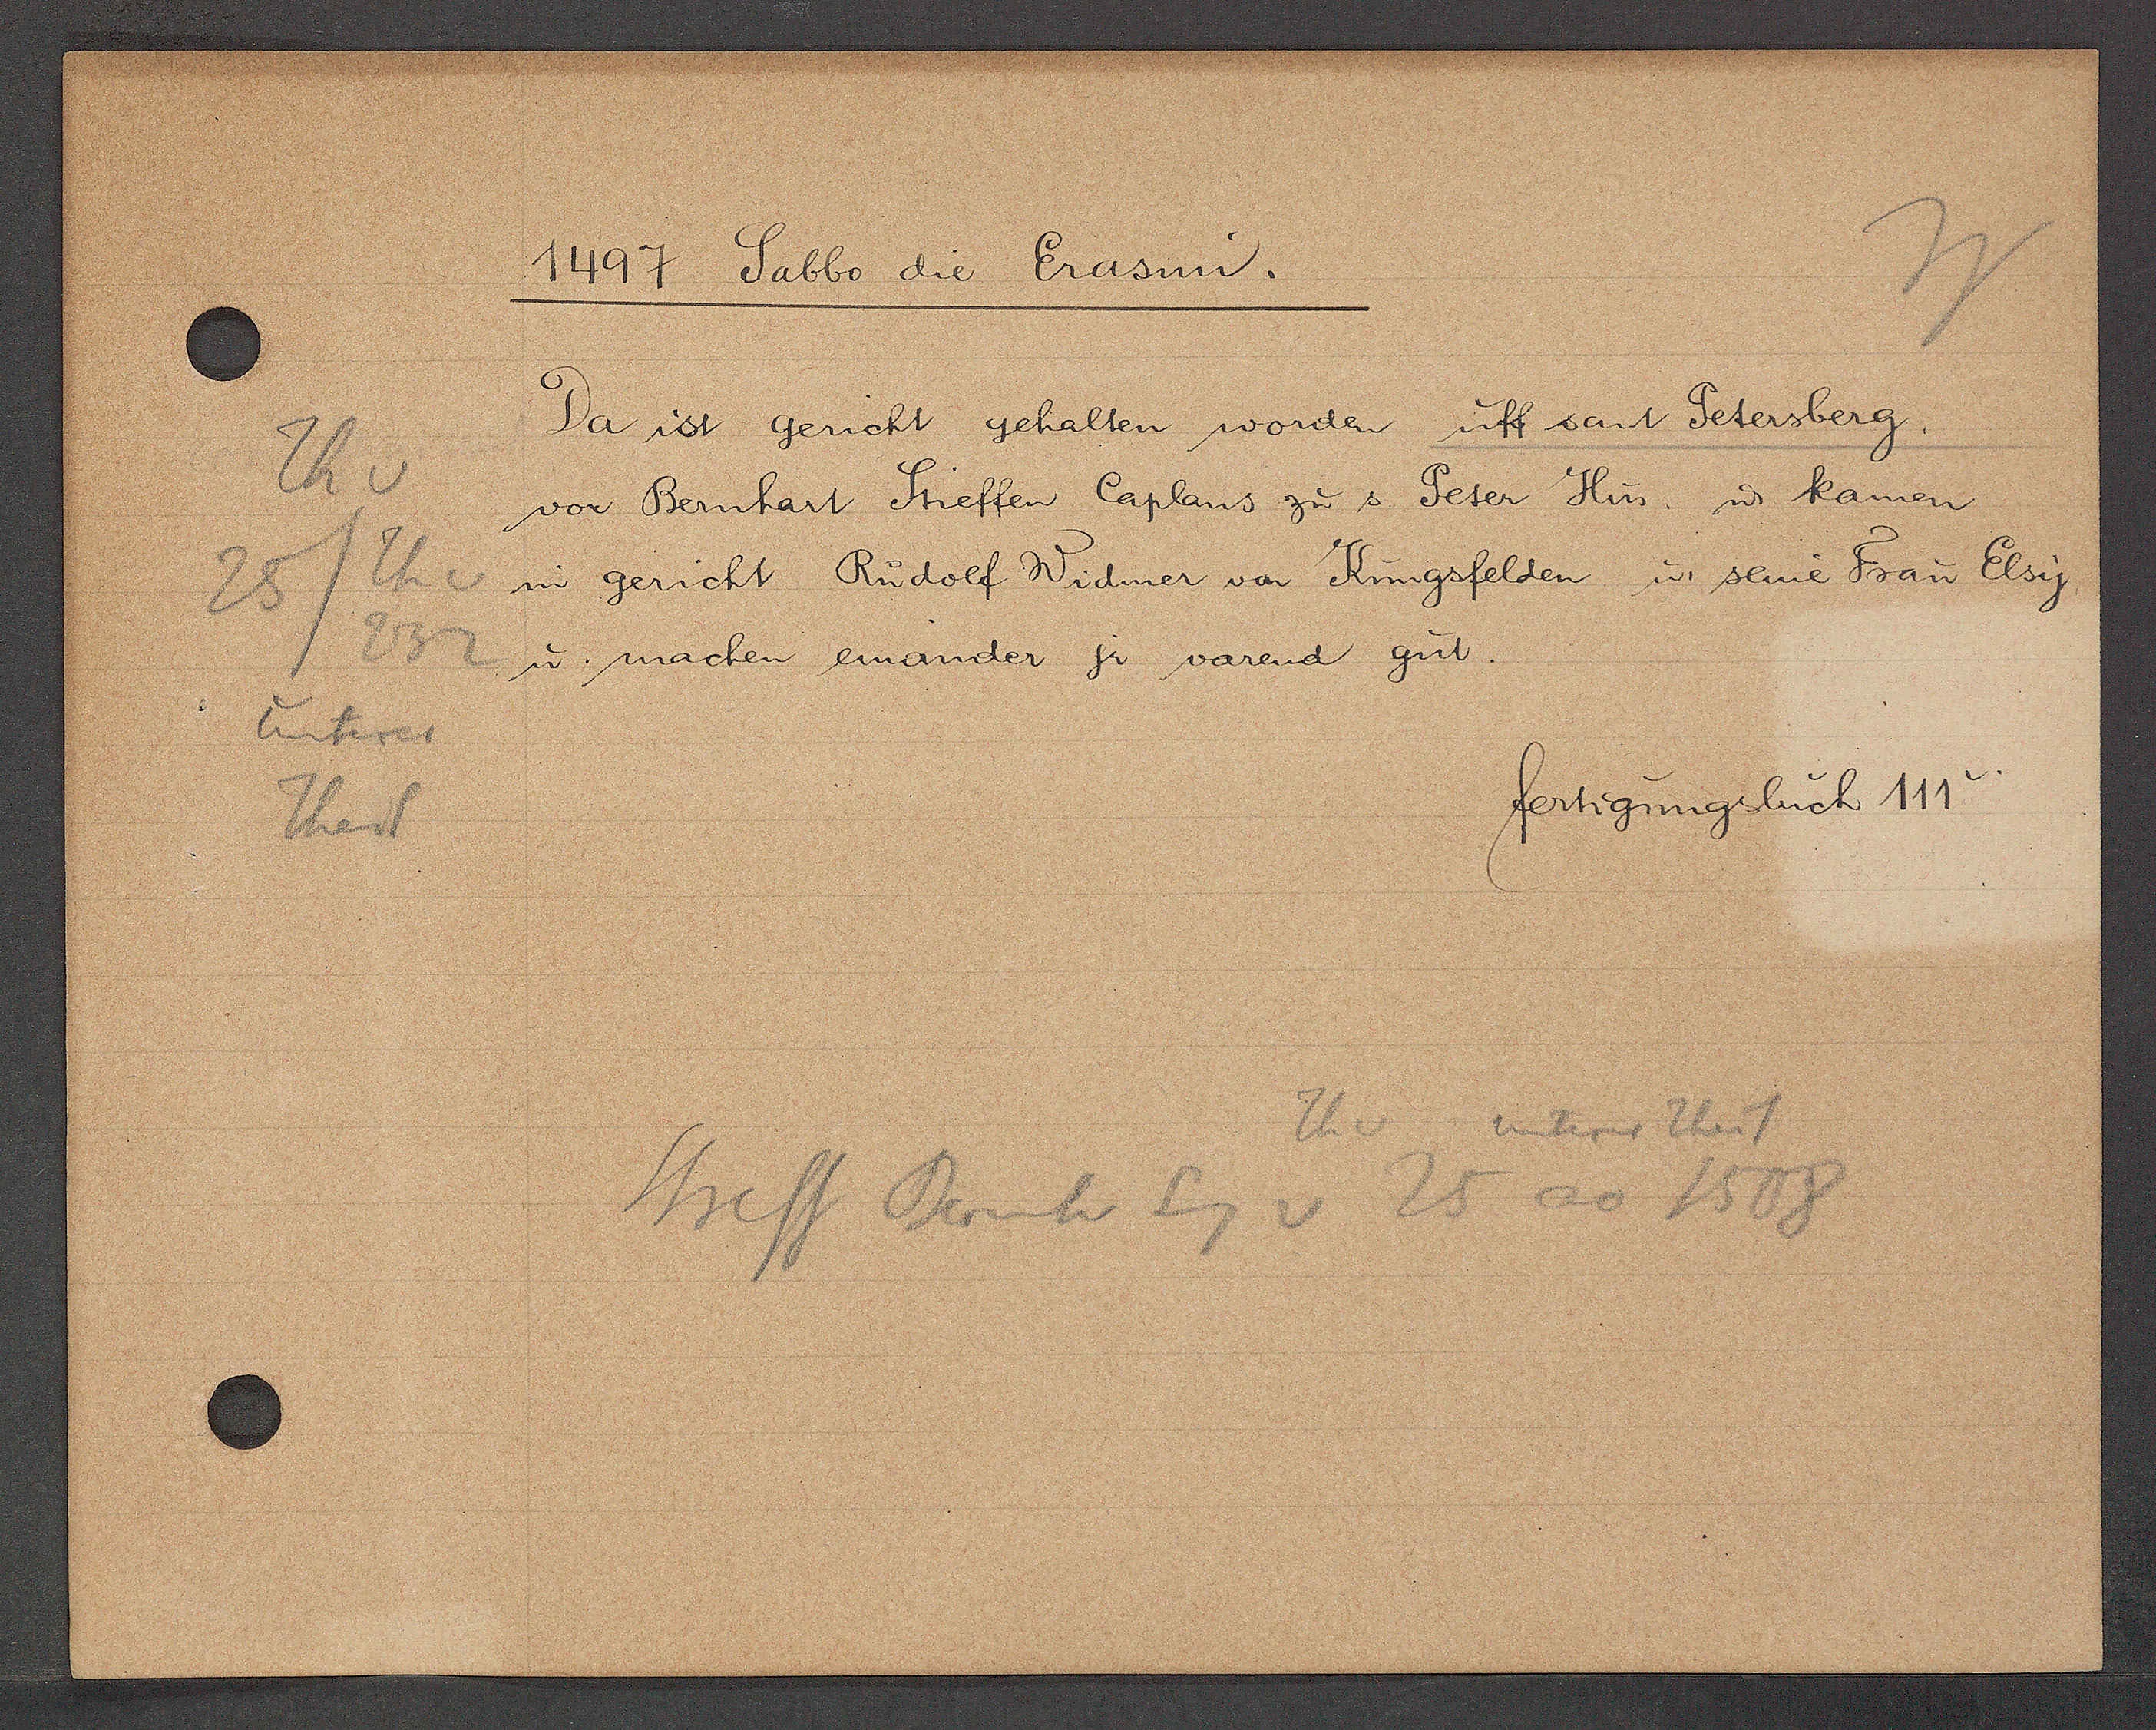
Transcript:
Th v
25/Th v
232
unterer
Theil

1497 Sabbo die Erasmi

Da ist gericht gehalten worden uff sant Petersberg.
vor Bernhart Stieffen Caplans zu s. Peter Hus, u kamen
in gericht Rudolf Widmer von Küngsfelden u. seine Frau Elsy,
u. machen einander jr varend gut.

fertigungsbuch 111v.

Th v
unterer Theil
Stieff Bernh Eg v 25 ao 1508